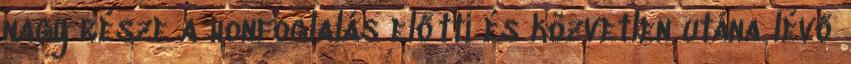
nagy része a honfoglalás előtti és közvetlen utána lévő